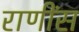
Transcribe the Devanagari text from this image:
राणींस